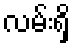
လမ်းရှိ